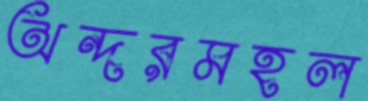
অন্দরমহল